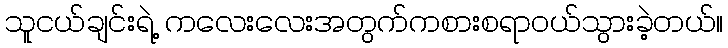
သူငယ်ချင်းရဲ့ ကလေးလေးအတွက်ကစားစရာဝယ်သွားခဲ့တယ်။